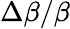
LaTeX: \Delta\beta/\beta